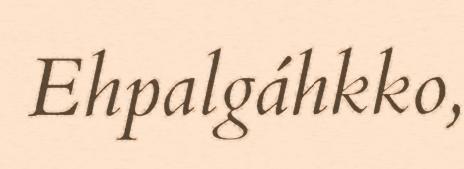
Ehpalgáhkko,